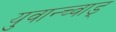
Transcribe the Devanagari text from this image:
युवान्च्वाड्